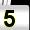
Digit: 5